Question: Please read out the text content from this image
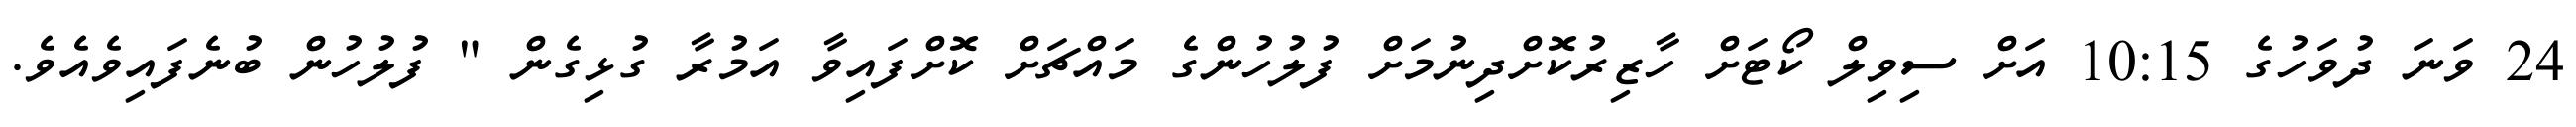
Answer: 24 ވަނަ ދުވަހުގެ 10:15 އަށް ސިވިލް ކޯޓަށް ހާޒިރުކޮށްދިނުމަށް ފުލުހުންގެ މައްޗަށް ކޮށްފައިވާ އަމުރާ ގުޅިގެން " ފުލުހުން ބުނެފައިވެއެވެ.